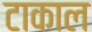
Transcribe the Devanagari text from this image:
टाकाल